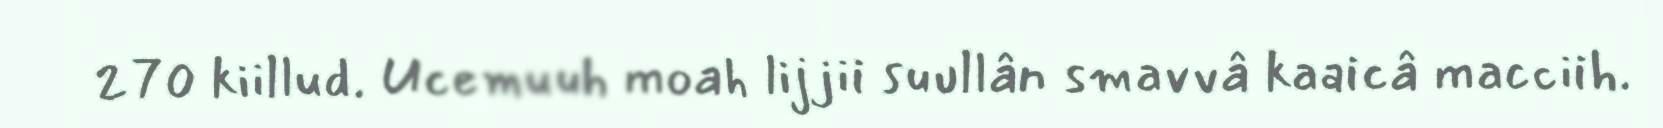
270 kiillud. Ucemuuh moah lijjii suullân smavvâ kaaicâ macciih.